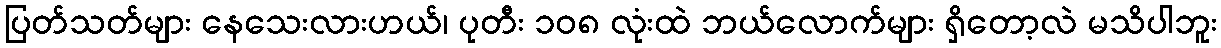
ပြတ်သတ်များ နေသေးလားဟယ်၊ ပုတီး ၁၀၈ လုံးထဲ ဘယ်လောက်များ ရှိတော့လဲ မသိပါဘူး